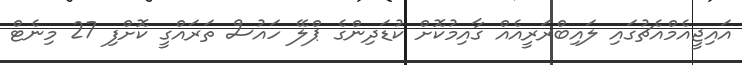
އައިޖީއެމްއެޗުގައި ލައިބްރަރީއެއް ގާއިމުކޮށް ކުޑަދިންގެ ޕްލޭ ހައުސް ތަރައްގީ ކޮށްފި 27 މިނެޓް